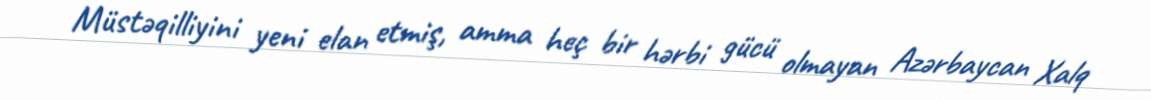
Müstəqilliyini yeni elan etmiş, amma heç bir hərbi gücü olmayan Azərbaycan Xalq